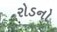
રોડનો